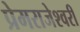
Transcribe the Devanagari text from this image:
प्रेमराजेश्वरी